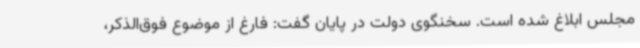
مجلس ابلاغ شده است. سخنگوی دولت در پایان گفت: فارغ از موضوع فوق‌الذکر،